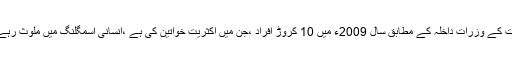
بھارت کے وزرات داخلہ کے مطابق سال 2009ء میں 10 کروڑ افراد ،جن میں اکثریت خواتین کی ہے ،انسانی اسمگلنگ میں ملوث رہے ہیں۔